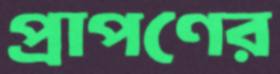
প্রাপণের